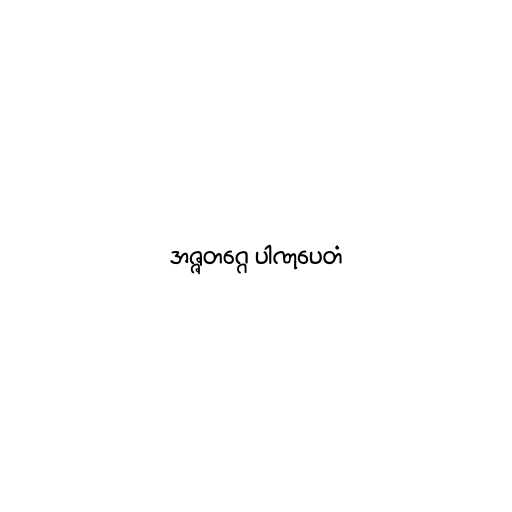
အဇ္ဇတဂ္ဂေ ပါဏုပေတံ